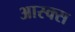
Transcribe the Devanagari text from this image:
आस्क्स